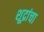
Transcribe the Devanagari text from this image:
शूद्रांचा